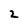
Character: 2